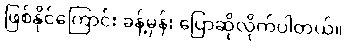
ဖြစ်နိုင်ကြောင်း ခန့်မှန်း ပြောဆိုလိုက်ပါတယ်။